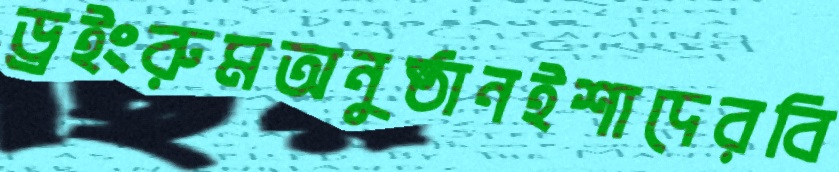
ড্রইংরুমঅনুষ্ঠানইশাদেরবি